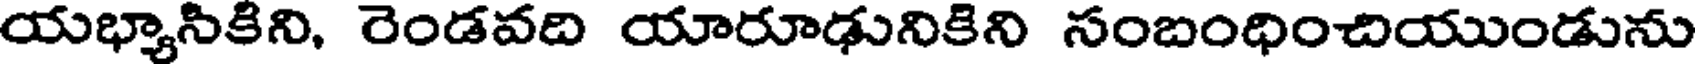
యభ్యానికిని, రెండవది యారూఢునికిని సంబంధించియుండును